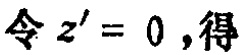
令 \(z' = 0\)，得